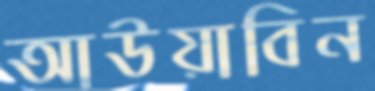
আউয়াবিন